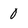
Character: 0